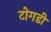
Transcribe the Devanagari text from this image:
टोगडी